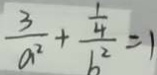
\frac { 3 } { a ^ { 2 } } + \frac { \frac { 1 } { 4 } } { b ^ { 2 } } = 1